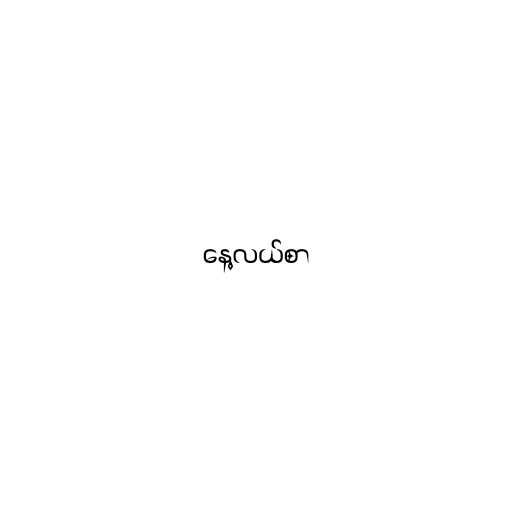
နေ့လယ်စာ